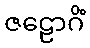
ဇဠောဂိံ